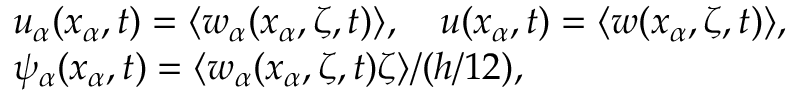
\begin{array} { r l } & { u _ { \alpha } ( x _ { \alpha } , t ) = \langle w _ { \alpha } ( x _ { \alpha } , \zeta , t ) \rangle , \quad u ( x _ { \alpha } , t ) = \langle w ( x _ { \alpha } , \zeta , t ) \rangle , } \\ & { \psi _ { \alpha } ( x _ { \alpha } , t ) = \langle w _ { \alpha } ( x _ { \alpha } , \zeta , t ) \zeta \rangle / ( h / 1 2 ) , } \end{array}